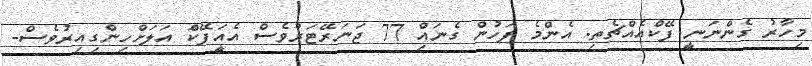
މިހާރު ގެންނަނީ ފޭކްއެއްޗެތި. އެންމެ ފަހުން ގެނައިް 77 ޖަނަރޭޓަރުވެސް އެއީަފޭކްަ އަލަށްހިންގިއިރުވެސް-